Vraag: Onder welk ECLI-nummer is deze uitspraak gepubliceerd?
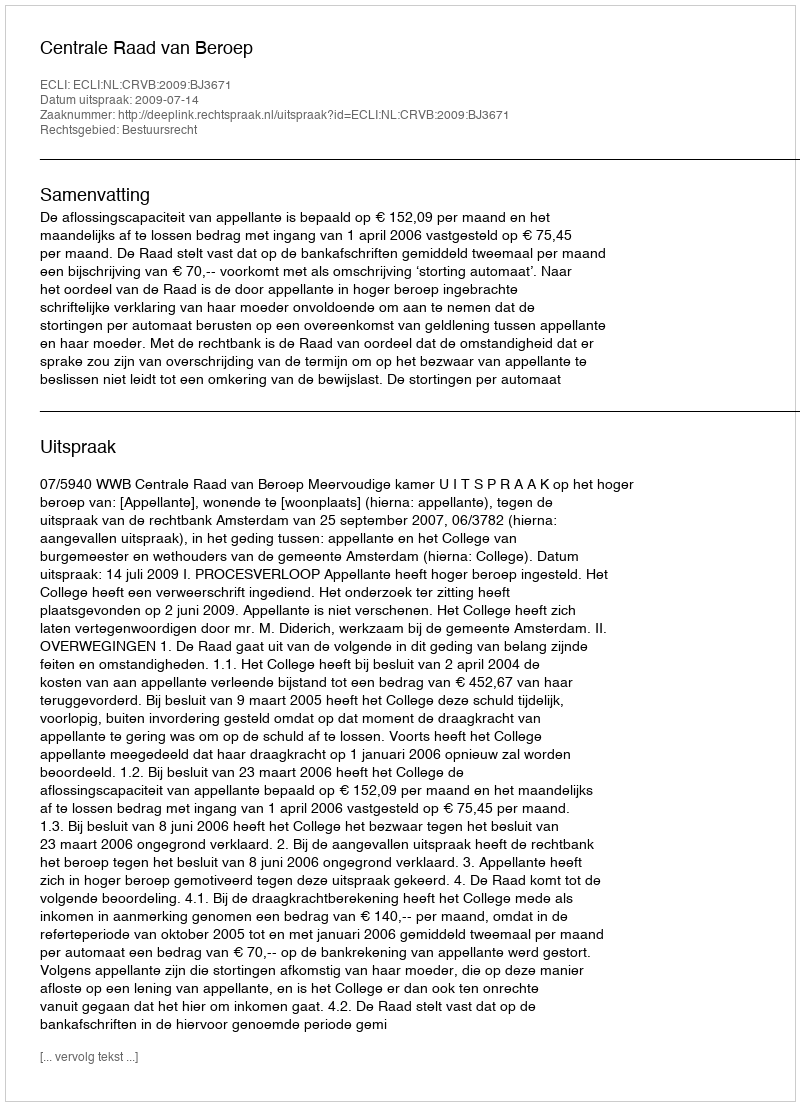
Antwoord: ECLI:NL:CRVB:2009:BJ3671